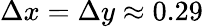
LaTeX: \Delta x=\Delta y\approx 0.29